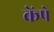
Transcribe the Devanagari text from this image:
केंपे